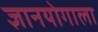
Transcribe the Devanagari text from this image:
ज्ञानयोगाला